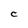
Character: C